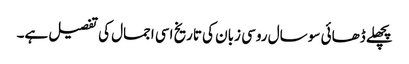
پچھلے ڈھائی سو سال روسی زبان کی تاریخ اسی اجمال کی تفصیل ہے۔